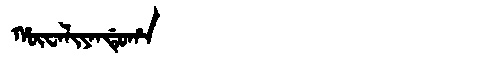
Manchu: ᡥᡡᠸᠠᠯᡳᠶᠠᠨᡩᡠᡥᠠ
Romanization: HŪWALIYANDUHA